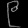
Digit: ၉